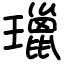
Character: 㼃